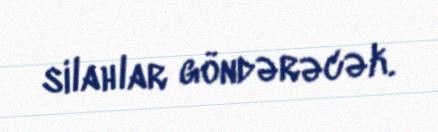
silahlar göndərəcək.